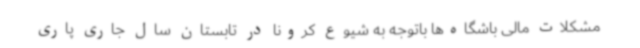
مشکلات مالی باشگاه‌ها باتوجه به شیوع کرونا در تابستان سال جاری پاری